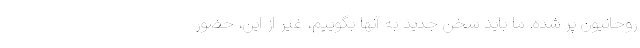
روحانیون پر شده. ما باید سخن جدید به آنها بگوییم، غیر از این، حضور